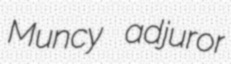
Muncy adjuror